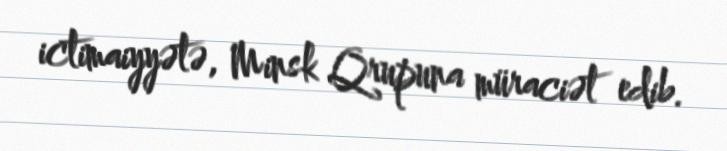
ictimaiyyətə, Minsk Qrupuna müraciət edib.